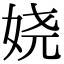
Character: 娆